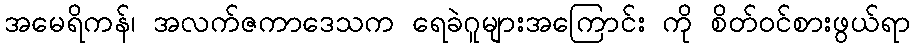
အမေရိကန်၊ အလက်ဇကာဒေသက ရေခဲဂူများအကြောင်း ကို စိတ်ဝင်စားဖွယ်ရာ